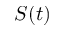
S ( t )